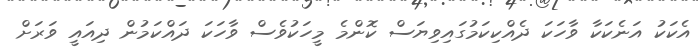
އެކަކު އަނެކަކާ ވާހަކަ ދެއްކިކަމުގައިވިޔަސް ކޮންމެ މީހަކުވެސް ވާހަކަ ދައްކަމުން ދިއައީ ވަރަށް